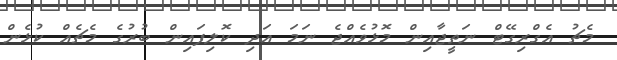
މެޗު އެގްރިގޭޓް ނަތީޖާއިން މޮޅުވެއްޖެ ނަމަ އަދި ކޮލިފައިން ބުރުގެ މެޗެއް ކުޅެން